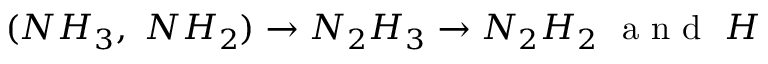
( N H _ { 3 } , \ N H _ { 2 } ) \rightarrow N _ { 2 } H _ { 3 } \rightarrow N _ { 2 } H _ { 2 } ~ \mathrm { ~ a ~ n ~ d ~ } ~ H